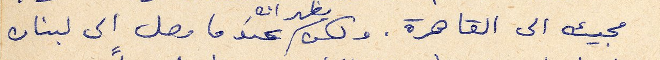
مجيئه الى القاهرة. ولكن يظهر انه عندما وصل الى لبنان